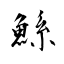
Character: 鯀